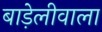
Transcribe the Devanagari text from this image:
बाड़ेलीवाला